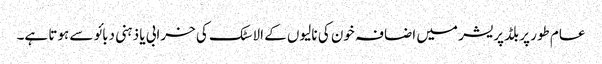
عام طور پر بلڈپریشر میں اضافہ خون کی نالیوں کے الاسٹک کی خرابی یا ذہنی دبائو سے ہوتا ہے۔